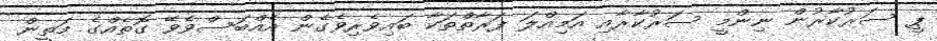
ޕީ ސަރުކާރުން ނިންމީ ސަރުކާރާއި އަމިއްލަ ފަރާތްތަކާ ބައިވެރިވެގެން އެއްބަސްވެވޭ ގޮތެއްގެ މަތީން